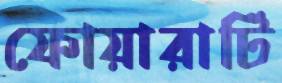
ফোয়ারাটি